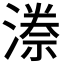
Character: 𭲊